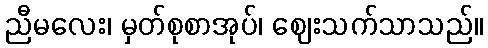
ညီမလေး၊ မှတ်စုစာအုပ်၊ ဈေးသက်သာသည်။